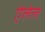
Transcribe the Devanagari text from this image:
ऐलेल